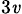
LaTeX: _{3\mathit{v}}